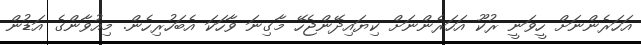
އަހަރެންނަށް ހީވަނީ ރުކޫ އަހަރެންނަށް ކިޔައިދޭންޖެހޭ މާގިނަ ވާހަކަ އެބަހުރިހެން. މިއުވާންގެ އަޑުން